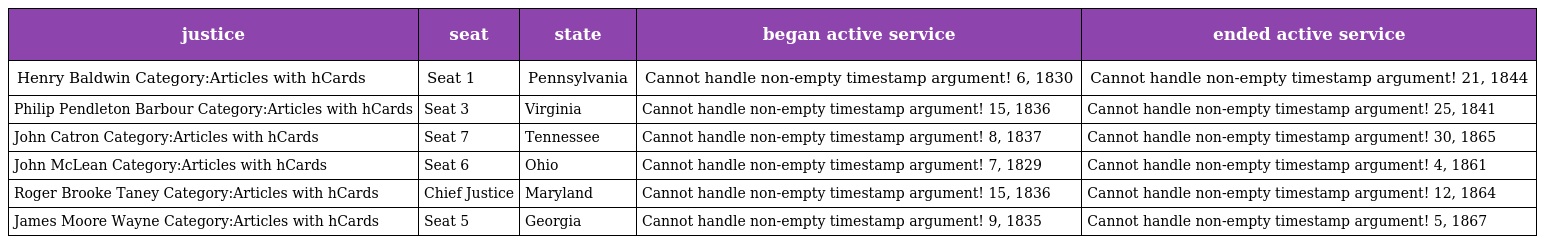
| justice | seat | state | began active service | ended active service |
 | --- | --- | --- | --- | --- |
 | Henry Baldwin Category:Articles with hCards | Seat 1 | Pennsylvania | Cannot handle non-empty timestamp argument! 6, 1830 | Cannot handle non-empty timestamp argument! 21, 1844 |
 | Philip Pendleton Barbour Category:Articles with hCards | Seat 3 | Virginia | Cannot handle non-empty timestamp argument! 15, 1836 | Cannot handle non-empty timestamp argument! 25, 1841 |
 | John Catron Category:Articles with hCards | Seat 7 | Tennessee | Cannot handle non-empty timestamp argument! 8, 1837 | Cannot handle non-empty timestamp argument! 30, 1865 |
 | John McLean Category:Articles with hCards | Seat 6 | Ohio | Cannot handle non-empty timestamp argument! 7, 1829 | Cannot handle non-empty timestamp argument! 4, 1861 |
 | Roger Brooke Taney Category:Articles with hCards | Chief Justice | Maryland | Cannot handle non-empty timestamp argument! 15, 1836 | Cannot handle non-empty timestamp argument! 12, 1864 |
 | James Moore Wayne Category:Articles with hCards | Seat 5 | Georgia | Cannot handle non-empty timestamp argument! 9, 1835 | Cannot handle non-empty timestamp argument! 5, 1867 |